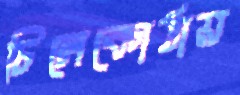
চিলেকোঠায়